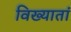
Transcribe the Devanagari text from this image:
विख्यातां